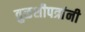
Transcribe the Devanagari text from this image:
तुळशीपत्रांनी